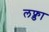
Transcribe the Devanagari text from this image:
लफ्डा